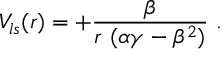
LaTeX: V _ { l s } ( r ) = { \displaystyle + \frac { \beta } { r ~ ( \alpha \gamma - \beta ^ { 2 } ) } } ~ .